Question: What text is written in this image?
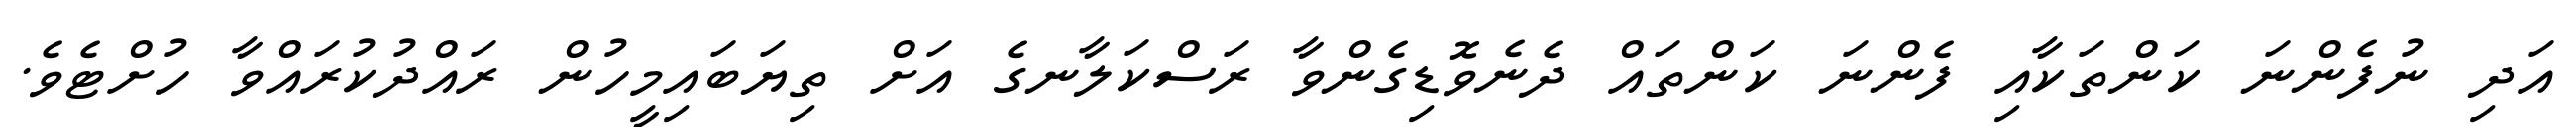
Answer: އަދި ނުފެންނަ ކަންތަކާއި ފެންނަ ކަންތައް ދެނެވޮޑިގެންވާ ރަސްކަލާނގެ އަށް ތިޔަބައިމީހުން ރައްދުކުރައްވާ ހުށްޓެވެ.